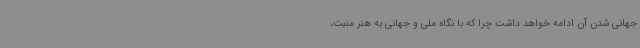
جهانی شدن آن ادامه خواهد داشت چرا که با نگاه ملی و جهانی به هنر منبت،